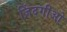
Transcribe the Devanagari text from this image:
ज़िंदगीओ